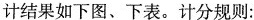
计结果如下图、下表。计分规则：